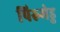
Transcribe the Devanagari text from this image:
पिरुमेडु